Report on plague in the Punjab from October 1st ... to September 30th ..., being the ... season of plague in the province
Disease focus: Plague
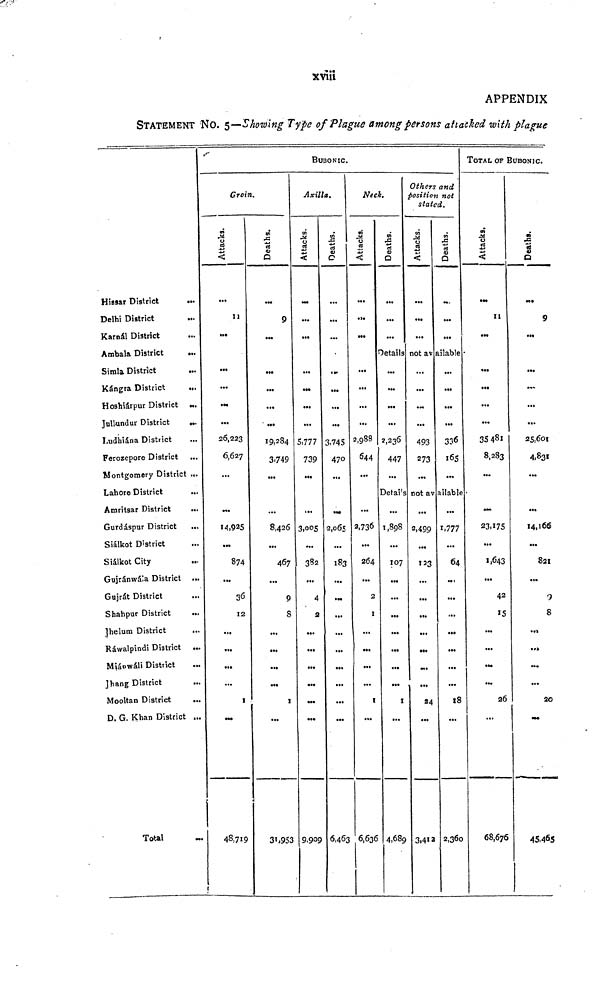
xviii
APPENDIX
STATEMENT NO. 5—Showing Type of Plague among persons attacked with plague
Hissar District
...
Delhi District ...
Karnál District ...
Ambala District ...
Simla District ...
Kángra District ...
Hoshiárpur District ...
Jullundur District
...
Ludhiána District ...
Ferozepore District ...
Montgomery District ...
Lahore District
...
Amritsar District ...
Gurdáspur District
...
Siálkot District ...
Siálkot City ...
Gujránwála District ...
Gujrát District ...
Shahpur District ...
Jhelum District ...
Ráwalpindi District ...
Miáowáli District ...
Jhang District ...
Mooltan District
...
D. G. Khan District ...
Total ...
Groin.
Attacks.
...
11
...
...
...
...
...
26,223
6,627
...
...
14,925
...
874
...
36
12
...
...
...
...
1
...
48,719
Deaths.
...
9
...
...
...
...
...
19,284
3,749
...
...
8,426
...
467
...
9
8
...
...
...
...
1
...
31,953
BUBONIC.
Axilla.
Attacks.
...
...
...
...
...
...
...
5,777
739
...
...
3,005
...
382
...
4
2
...
...
...
...
...
...
9,909
Deaths.
...
...
...
...
...
...
...
3,745
470
...
...
2,065
...
183
...
...
...
...
...
...
...
...
...
6,463
Neck.
Attacks.
...
...
...
Deaths.
...
...
...
Details
...
...
...
...
2,988
644
...
...
2,.736
...
264
...
2
1
...
...
...
...
1
...
6,636
...
...
...
...
2,236
447
...
Detail's
...
1,898
...
107
...
...
...
...
...
...
...
1
...
4,689
Others and
Position not
stated.
Attacks.
...
...
...
Deaths.
...
...
...
not av ailable
...
...
...
...
493
273
...
not available
...
2,499
...
123
...
...
...
...
...
...
...
24
...
3,412
...
...
...
...
336
165
...
...
1,777
...
64
...
...
...
...
...
...
...
18
...
2,360
FOTAL OF BUBONIC.
Attacks.
...
11
...
...
...
...
...
35481
8,283
...
...
23,175
...
1,643
...
42
15
...
...
...
...
26
...
68,676
Deaths.
...
9
...
...
...
...
...
25,601
4,831
...
...
14,166
...
821
...
9
8
...
...
...
...
20
...
45,465